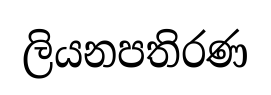
ලියනපතිරණ